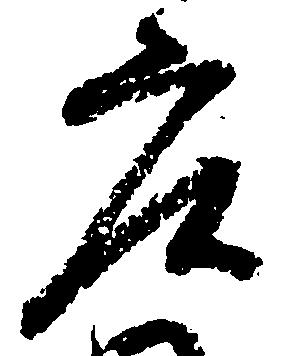
庄